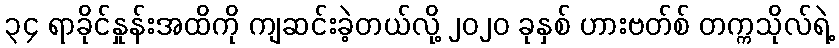
၃၄ ရာခိုင်နှုန်းအထိကို ကျဆင်းခဲ့တယ်လို့ ၂၀၂၀ ခုနှစ် ဟားဗတ်စ် တက္ကသိုလ်ရဲ့